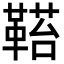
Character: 𩌂